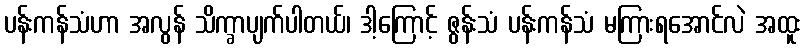
ပန်းကန်သံဟာ အလွန် သိက္ခာပျက်ပါတယ်၊ ဒါ့ကြောင့် ဇွန်းသံ ပန်းကန်သံ မကြားရအောင်လဲ အထူး